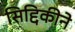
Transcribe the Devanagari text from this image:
सिद्दिकीने